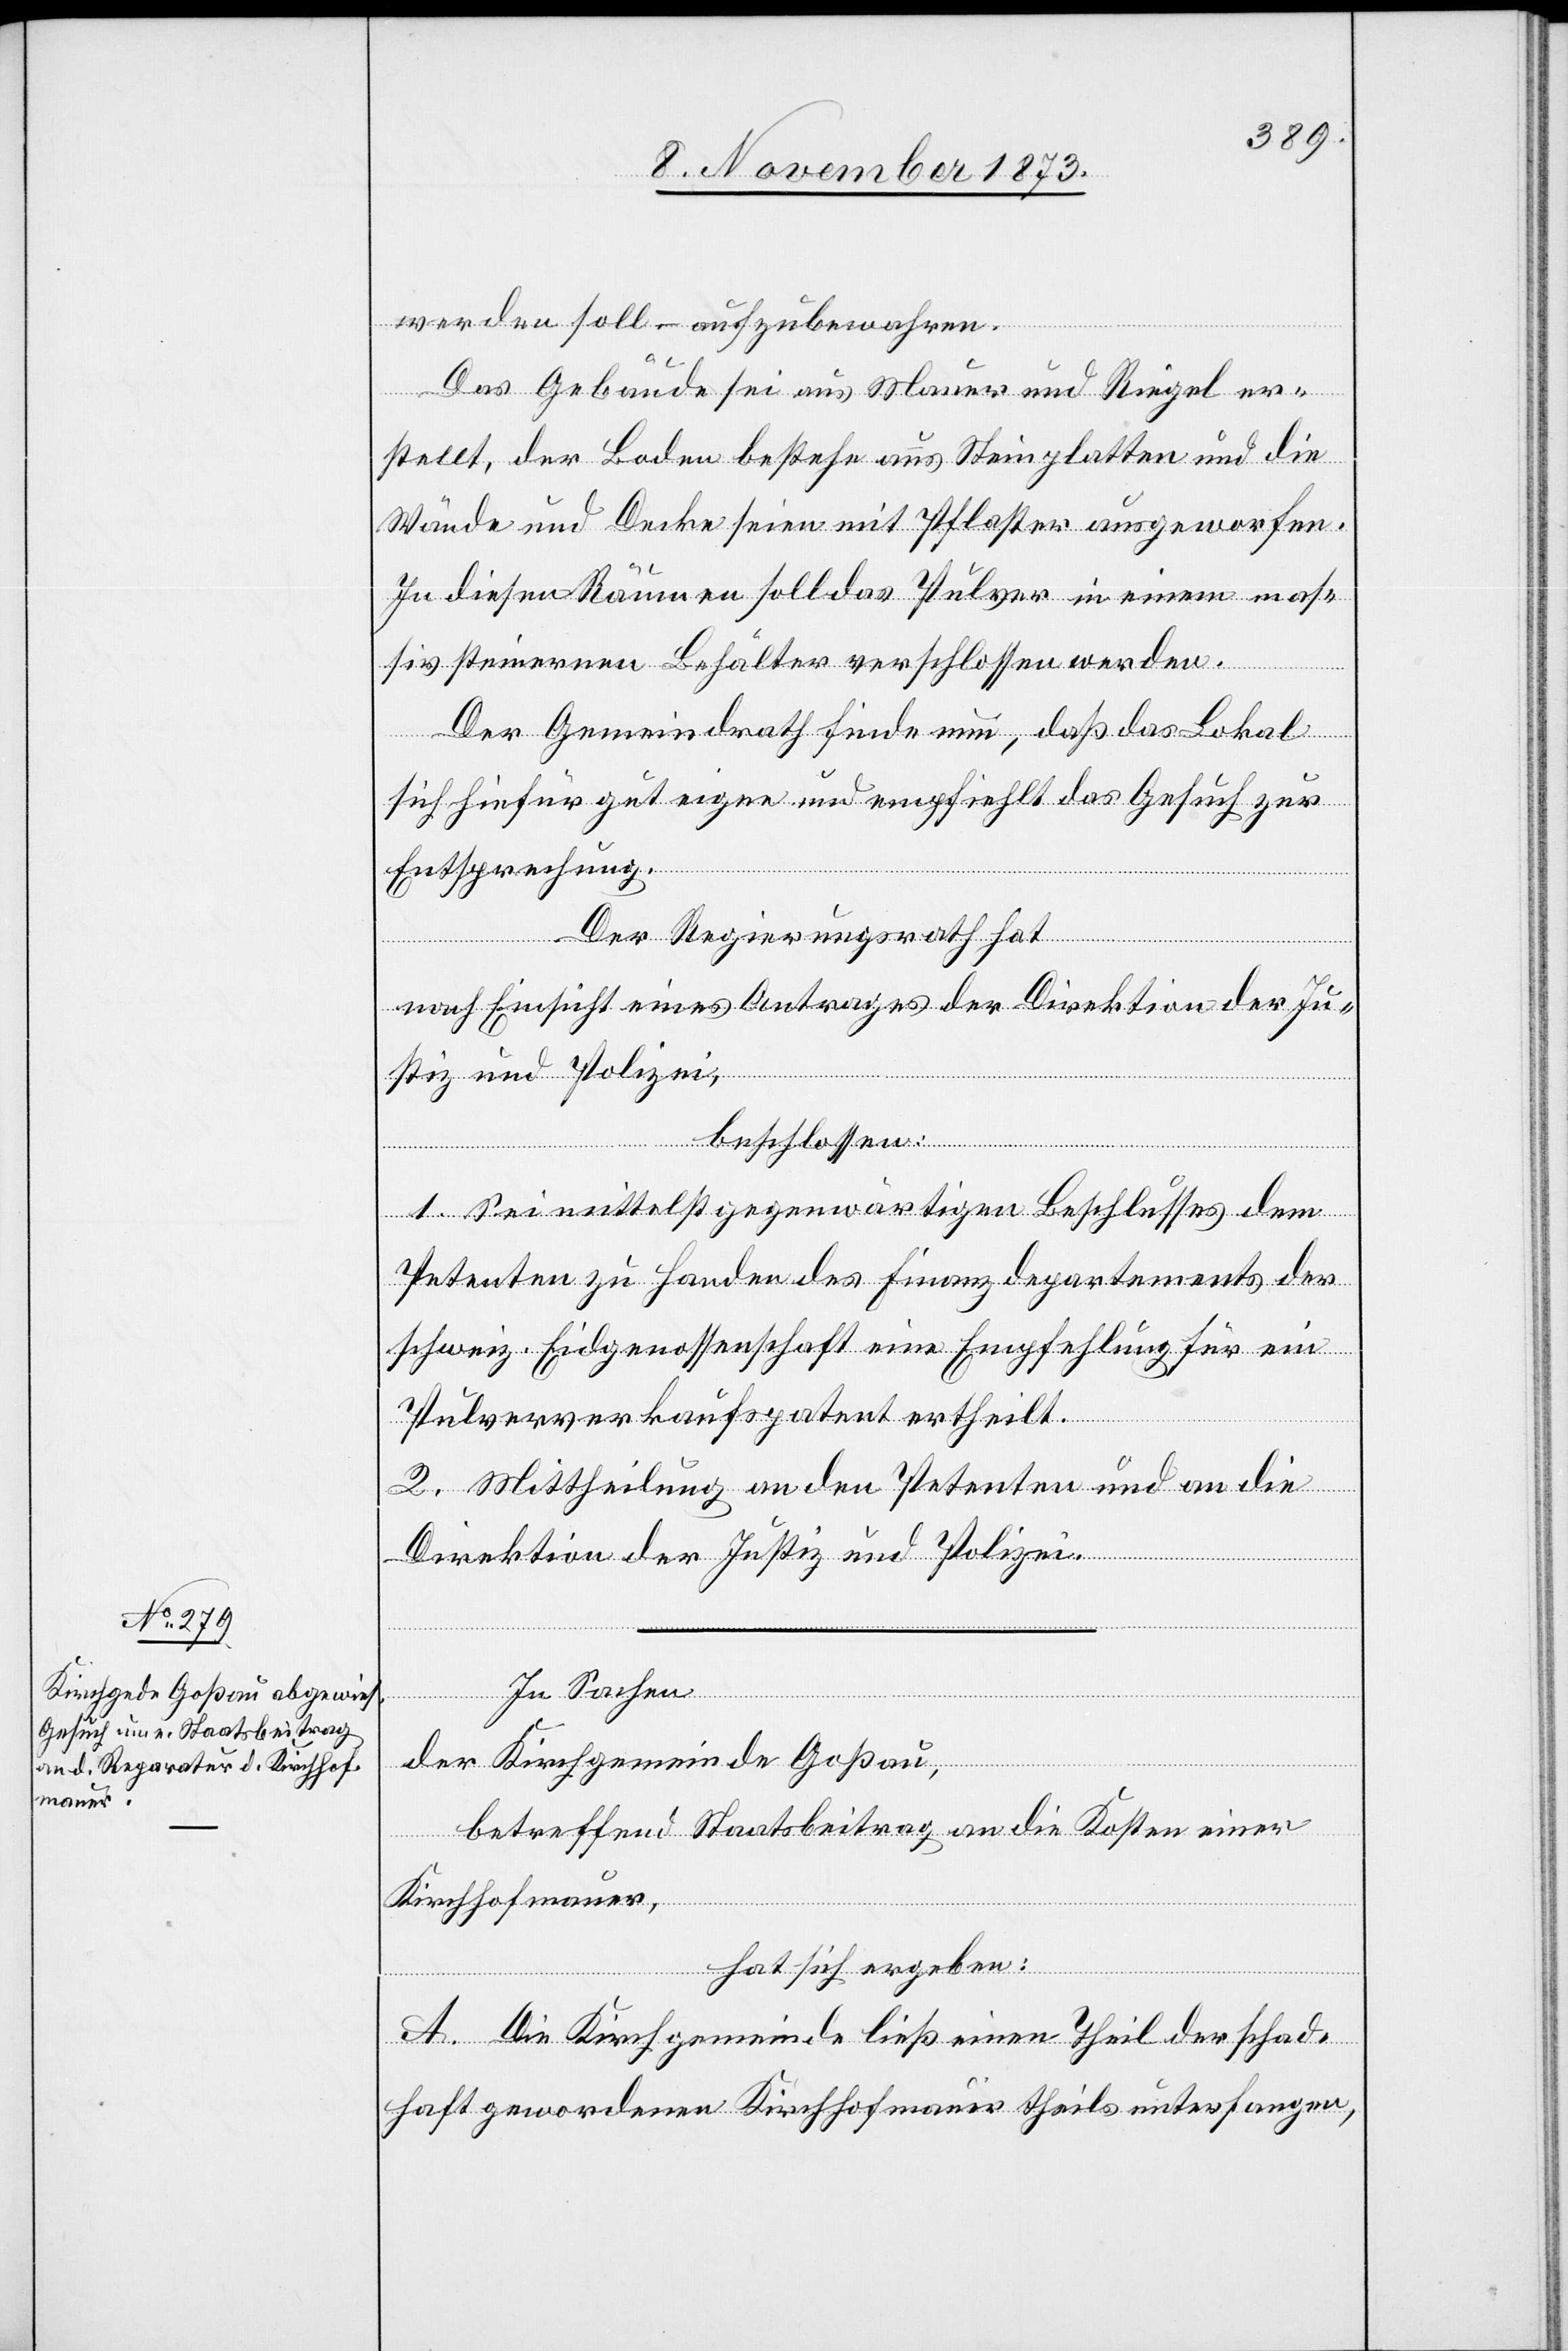
werden soll – aufzubewahren.
Das Gebäude sei aus Mauer und Riegel er¬
stellt, der Boden bestehe aus Steinplatten und die
Wände und Decke seien mit Pflaster ausgeworfen.
In diesen Räumen soll das Pulver in einem mas¬
siv steinernen Behälter verschlossen werden.
Der Gemeindrath finde nun, daß das Lokal
sich hiefür gut eigne und empfiehlt das Gesuch zur
Entsprechung.
Der Regierungsrath hat
nach Einsicht eines Antrages der Direktion der Ju¬
stiz und Polizei,
beschlossen:
1. Sei mittelst gegenwärtigen Beschlusses dem
Petenten zu Handen des Finanzdepartements der
schweiz. Eidgenossenschaft eine Empfehlung für ein
Pulververkaufspatent ertheilt.
2. Mittheilung an den Petenten und an die
Direktion der Justiz und Polizei.
In Sachen
der Kirchgemeinde Goßau,
betreffend Staatsbeitrag an die Kosten einer
Kirchhofmauer,
hat sich ergeben:
A. Die Kirchgemeinde ließ einen Theil der schad¬
haft gewordenen Kirchhofmauer theils unterfangen,